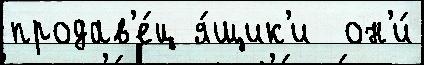
продав'е́ц я́щик'и  он'и́